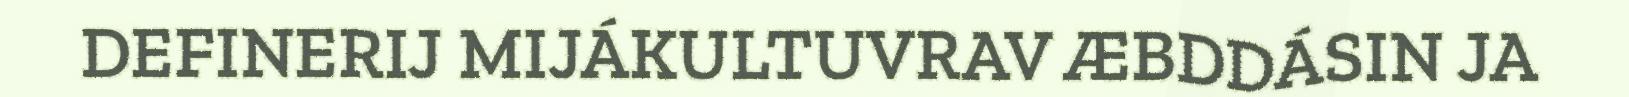
DEFINERIJ MIJÁKULTUVRAV ÆBDDÁSIN JA